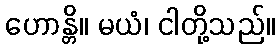
ဟောန္တိ။ မယံ၊ ငါတို့သည်။